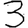
Digit: 3